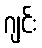
ဂျင်း